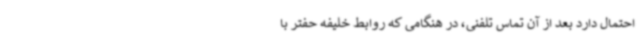
احتمال دارد بعد از آن تماس تلفنی، در هنگامی که روابط خلیفه حفتر با